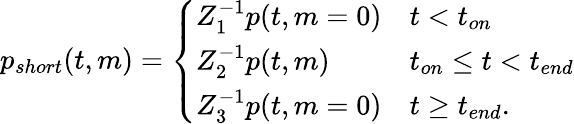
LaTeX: \begin{array}{r}{p_{short}(t,m)=\left\{ \begin{array}{ll}{Z_{1}^{-1}p(t,m=0)}&{t<t_{on}}\\ {Z_{2}^{-1}p(t,m)}&{t_{on}\leq t<t_{end}}\\ {Z_{3}^{-1}p(t,m=0)}&{t\geq t_{end}.}\end{array}\right.}\end{array}